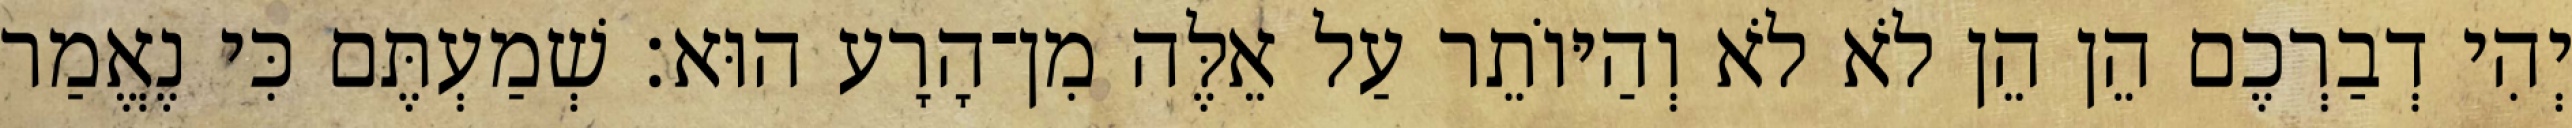
יְהִי דְבַרְכֶם הֵן הֵן לֹא לֹא וְהַיּוֹתֵר עַל אֵלֶּה מִן־הָרָע הוּא׃ שְׁמַעְתֶּם כִּי נֶאֱמַר